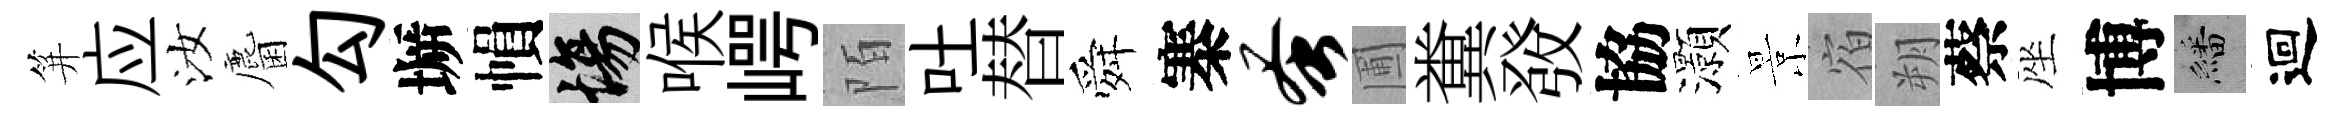
笄应汝麕勾󶱲𢄙場喉崿陌吐替舜寨蚤圃糞𤼲協灝景宿朔蔡座博繙迴